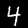
Digit: 4